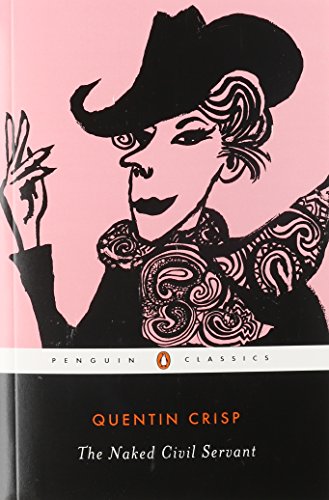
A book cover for The Naked Civil Servant (Penguin Twentieth-Century Classics); Quentin Crisp; Gay & Lesbian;